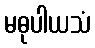
မဓုပါယသံ